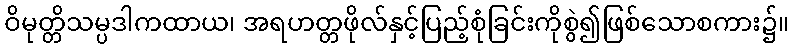
ဝိမုတ္တိသမ္ပဒါကထာယ၊ အရဟတ္တဖိုလ်နှင့်ပြည့်စုံခြင်းကိုစွဲ၍ဖြစ်သောစကား၌။